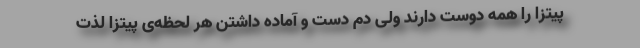
پیتزا را همه دوست دارند ولی دم دست و آماده داشتن هر لحظه‌ی پیتزا لذت